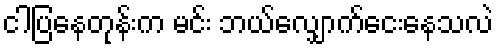
ငါပြနေတုန်းက မင်း ဘယ်လျှောက်ငေးနေသလဲ